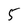
Character: 5